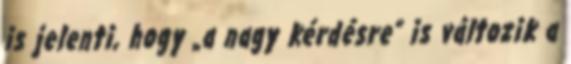
is jelenti, hogy „a nagy kérdésre” is változik a